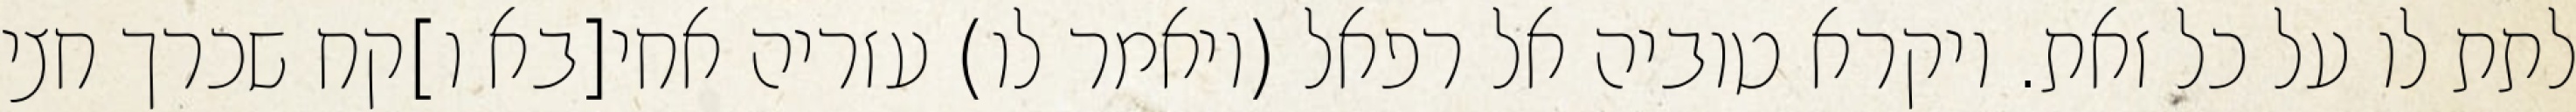
לתת לו על כל זאת. ויקרא טוביה אל רפאל (ויאמר לו) עזריה אחי[בא ו]קח שכרך חצי